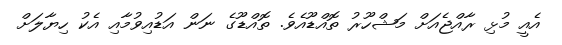
އެއީ މުޅި ރާއްޖެއަށް މަޝްހޫރު ތޮއްޑޫއެވެ. ތޮއްޑޫގެ ނަން އަޑުއިވުމާއި އެކު ހިޔާލަށް